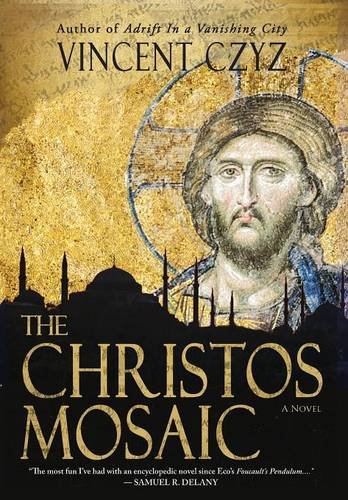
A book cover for The Christos Mosaic: A Novel; Vincent Czyz; Literature & Fiction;